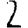
Digit: 2